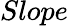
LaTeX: Slope